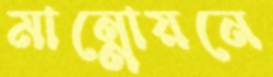
মান্নোয়নে